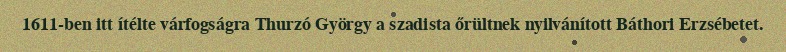
1611-ben itt ítélte várfogságra Thurzó György a szadista őrültnek nyilvánított Báthori Erzsébetet.